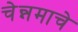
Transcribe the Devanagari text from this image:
चेन्नमाचे